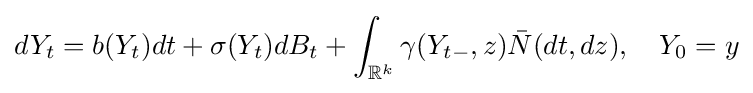
dY_{t}=b(Y_{t})dt+\sigma (Y_{t})dB_{t}+\int _{\mathbb {R} ^{k}}\gamma (Y_{t-},z){\bar {N}}(dt,dz),\quad Y_{0}=y